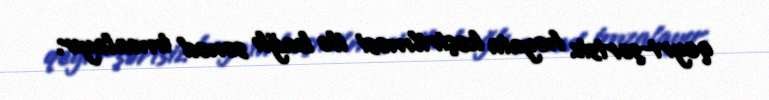
qeyri-şərtsiz həyata keçirilməsi ilə bağlı sənəd imzalayır.